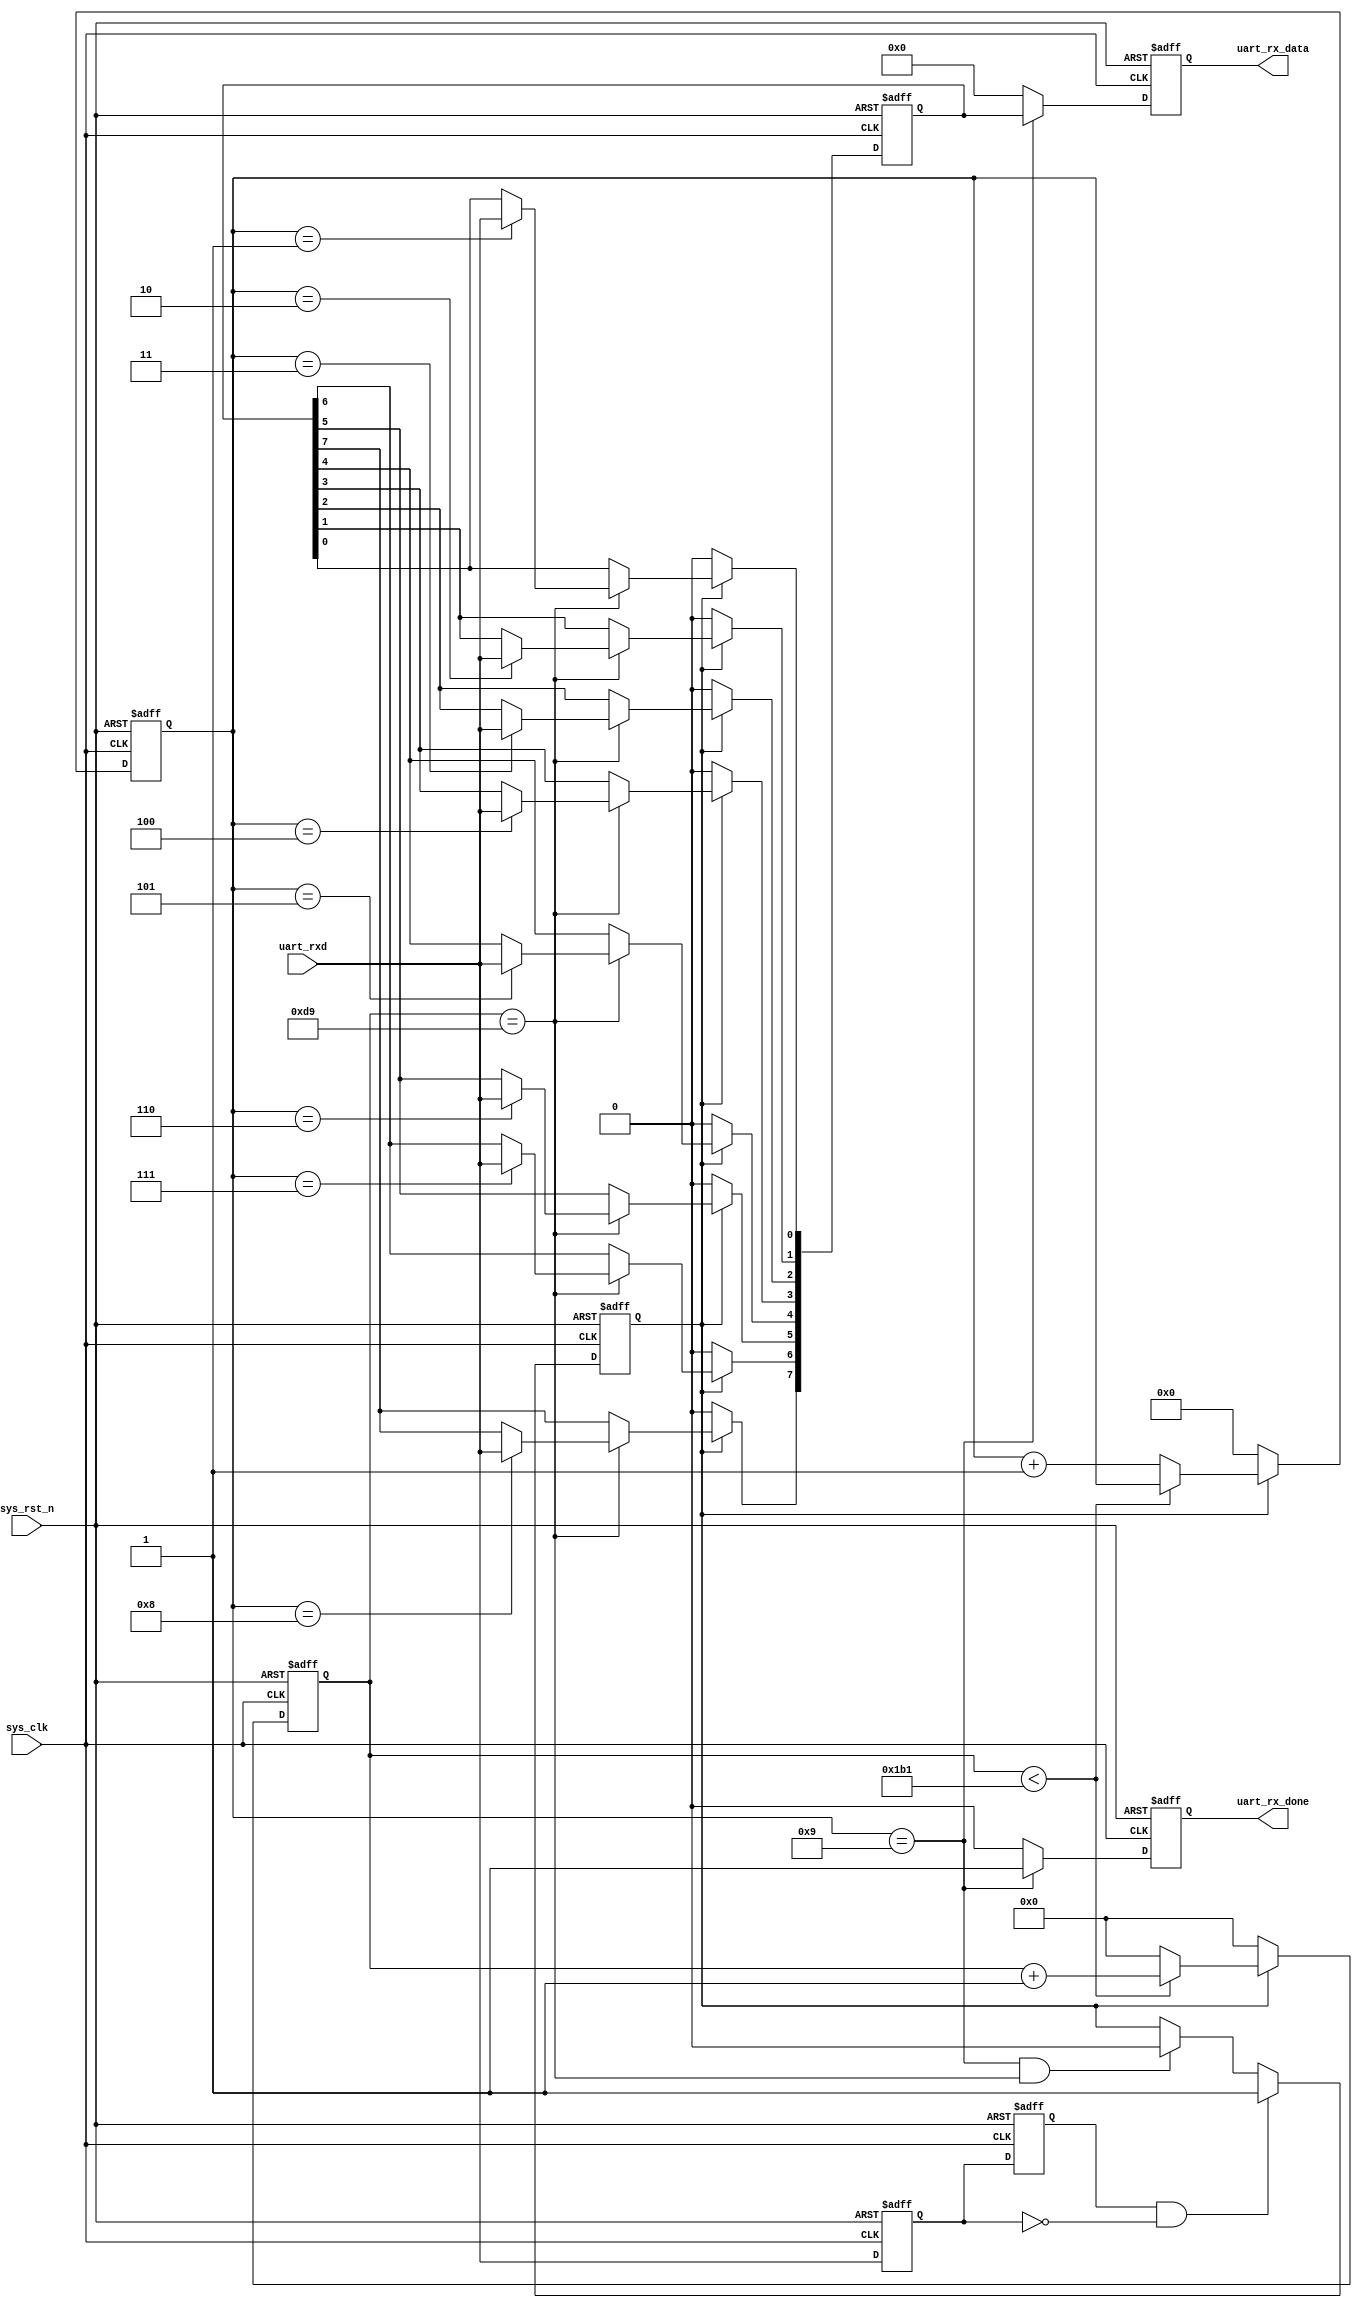
// This program was cloned from: https://github.com/huangxc6/Software_Hardware_Co-Design_24Spring
// License: MIT License

module uart_rx_no_sample(
    input               sys_clk,            //50M
    input               sys_rst_n,          //
    input               uart_rxd,           //
    output reg          uart_rx_done,       //
    output reg [7:0]    uart_rx_data        //
);
//
parameter       BPS=115200;                 //115200bps
parameter       SYS_CLK_FRE=50_000_000;     //50M
localparam      BPS_CNT=SYS_CLK_FRE/BPS;    //
 
reg                 uart_rx_d0;             //1
reg                 uart_rx_d1;             //2
reg [15:0]          clk_cnt;                //
reg [3:0]           rx_cnt;                 //
reg                 rx_flag;                //
reg [7:0]           uart_rx_data_reg;       //
    
wire                neg_uart_rx_data;       //
 
assign    neg_uart_rx_data=uart_rx_d1 & (~uart_rx_d0);  //
//12
always@(posedge sys_clk or negedge sys_rst_n)begin
    if(!sys_rst_n)begin
        uart_rx_d0<=1'b0;
        uart_rx_d1<=1'b0;
    end
    else begin
        uart_rx_d0<=uart_rxd;
        uart_rx_d1<=uart_rx_d0;
    end        
end

//09
always@(posedge sys_clk or negedge sys_rst_n)begin
    if(!sys_rst_n)
        rx_flag<=1'b0;
    else begin 
        if(neg_uart_rx_data)
            rx_flag<=1'b1;
        else if((rx_cnt==4'd9)&&(clk_cnt==BPS_CNT/2))//9
            rx_flag<=1'b0;
        else 
            rx_flag<=rx_flag;            
    end
end

//BPS_CNT1
always@(posedge sys_clk or negedge sys_rst_n)begin
    if(!sys_rst_n)begin
        rx_cnt<=4'd0;
        clk_cnt<=16'd0;
    end
    else if(rx_flag)begin
        if(clk_cnt<BPS_CNT-1'b1)begin
            clk_cnt<=clk_cnt+1'b1;
            rx_cnt<=rx_cnt;
        end
        else begin
            clk_cnt<=16'd0;
            rx_cnt<=rx_cnt+1'b1;
        end
    end
    else begin
        rx_cnt<=4'd0;
        clk_cnt<=16'd0;
    end        
end

//
always@(posedge sys_clk or negedge sys_rst_n)begin
    if(!sys_rst_n)
        uart_rx_data_reg<=8'd0;
    else if(rx_flag)
        if(clk_cnt==BPS_CNT/2) begin
            case(rx_cnt)            
                4'd1:uart_rx_data_reg[0]<=uart_rxd;
                4'd2:uart_rx_data_reg[1]<=uart_rxd;
                4'd3:uart_rx_data_reg[2]<=uart_rxd;
                4'd4:uart_rx_data_reg[3]<=uart_rxd;
                4'd5:uart_rx_data_reg[4]<=uart_rxd;
                4'd6:uart_rx_data_reg[5]<=uart_rxd;
                4'd7:uart_rx_data_reg[6]<=uart_rxd;
                4'd8:uart_rx_data_reg[7]<=uart_rxd;
                default:;
            endcase
        end
        else
            uart_rx_data_reg<=uart_rx_data_reg;
    else
        uart_rx_data_reg<=8'd0;
end

//
always@(posedge sys_clk or negedge sys_rst_n)begin
    if(!sys_rst_n)begin
        uart_rx_done<=1'b0;
        uart_rx_data<=8'd0;
    end    
    else if(rx_cnt==4'd9)begin
        uart_rx_done<=1'b1;
        uart_rx_data<=uart_rx_data_reg;
    end        
    else begin
        uart_rx_done<=1'b0;
        uart_rx_data<=8'd0;
    end
end
endmodule